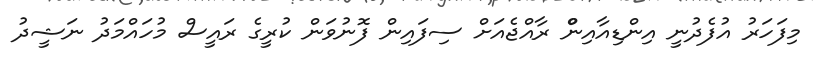
މިފަހަރު އުފެދުނީ އިންޑިއާއިންް ރާއްޖެއަށް ސިފައިން ފޮނުވަން ކުރީގެ ރައީސް މުހައްމަދު ނަޝީދު